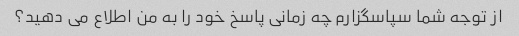
از توجه شما سپاسگزارم چه زمانی پاسخ خود را به من اطلاع می دهید؟